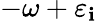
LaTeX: -\omega+\varepsilon_{\mathbf{i}}